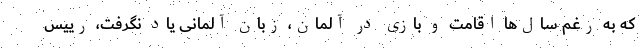
که به رغم سال‌ها اقامت و بازی در آلمان، زبان آلمانی یاد نگرفت، رییس